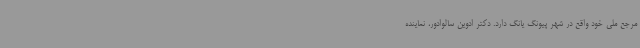
مرجع ملی خود واقع در شهر پیونگ یانگ دارد. دکتر ادوین سالوادور، نماینده